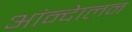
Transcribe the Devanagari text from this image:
आंन्देालन